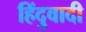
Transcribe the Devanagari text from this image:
हिंदुवादी